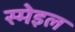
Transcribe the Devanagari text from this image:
स्मेइल